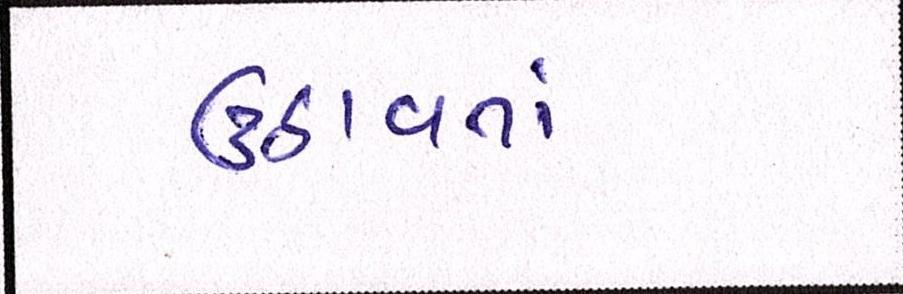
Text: ઉઠાવતાં